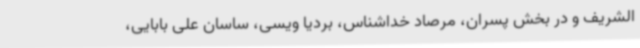
الشریف و در بخش پسران، مرصاد خداشناس، بردیا ویسی، ساسان علی بابایی،